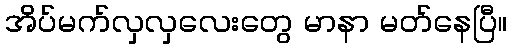
အိပ်မက်လှလှလေးတွေ မာနာ မတ်နေပြီ။